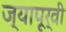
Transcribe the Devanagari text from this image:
ज्यापूर्वी